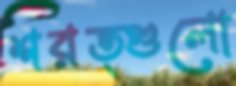
শরত্গুলো